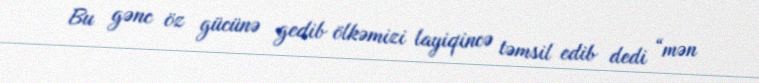
Bu gənc öz gücünə gedib ölkəmizi layiqincə təmsil edib dedi “mən